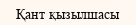
Қант қызылшасы